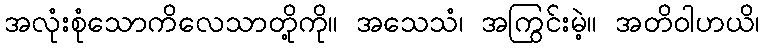
အလုံးစုံသောကိလေသာတို့ကို။ အသေသံ၊ အကြွင်းမဲ့။ အတိဝါဟယိ၊